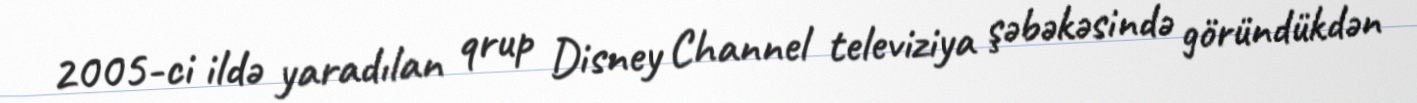
2005-ci ildə yaradılan qrup Disney Channel televiziya şəbəkəsində göründükdən